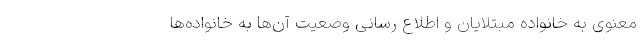
معنوی به خانواده مبتلایان و اطلاع رسانی وضعیت آن‌ها به خانواده‌ها